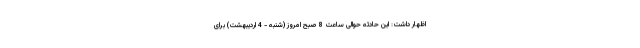
اظهار داشت: این حادثه حوالی ساعت 8 صبح امروز (شنبه - 4 اردیبهشت) برای